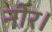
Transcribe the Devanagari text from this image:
नीर।